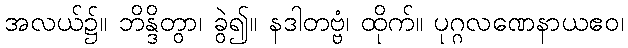
အလယ်၌။ ဘိန္ဒိတွာ၊ ခွဲ၍။ နဒါတဗ္ဗံ၊ ထိုက်။ ပုဂ္ဂလဏေနာယဧဝ၊